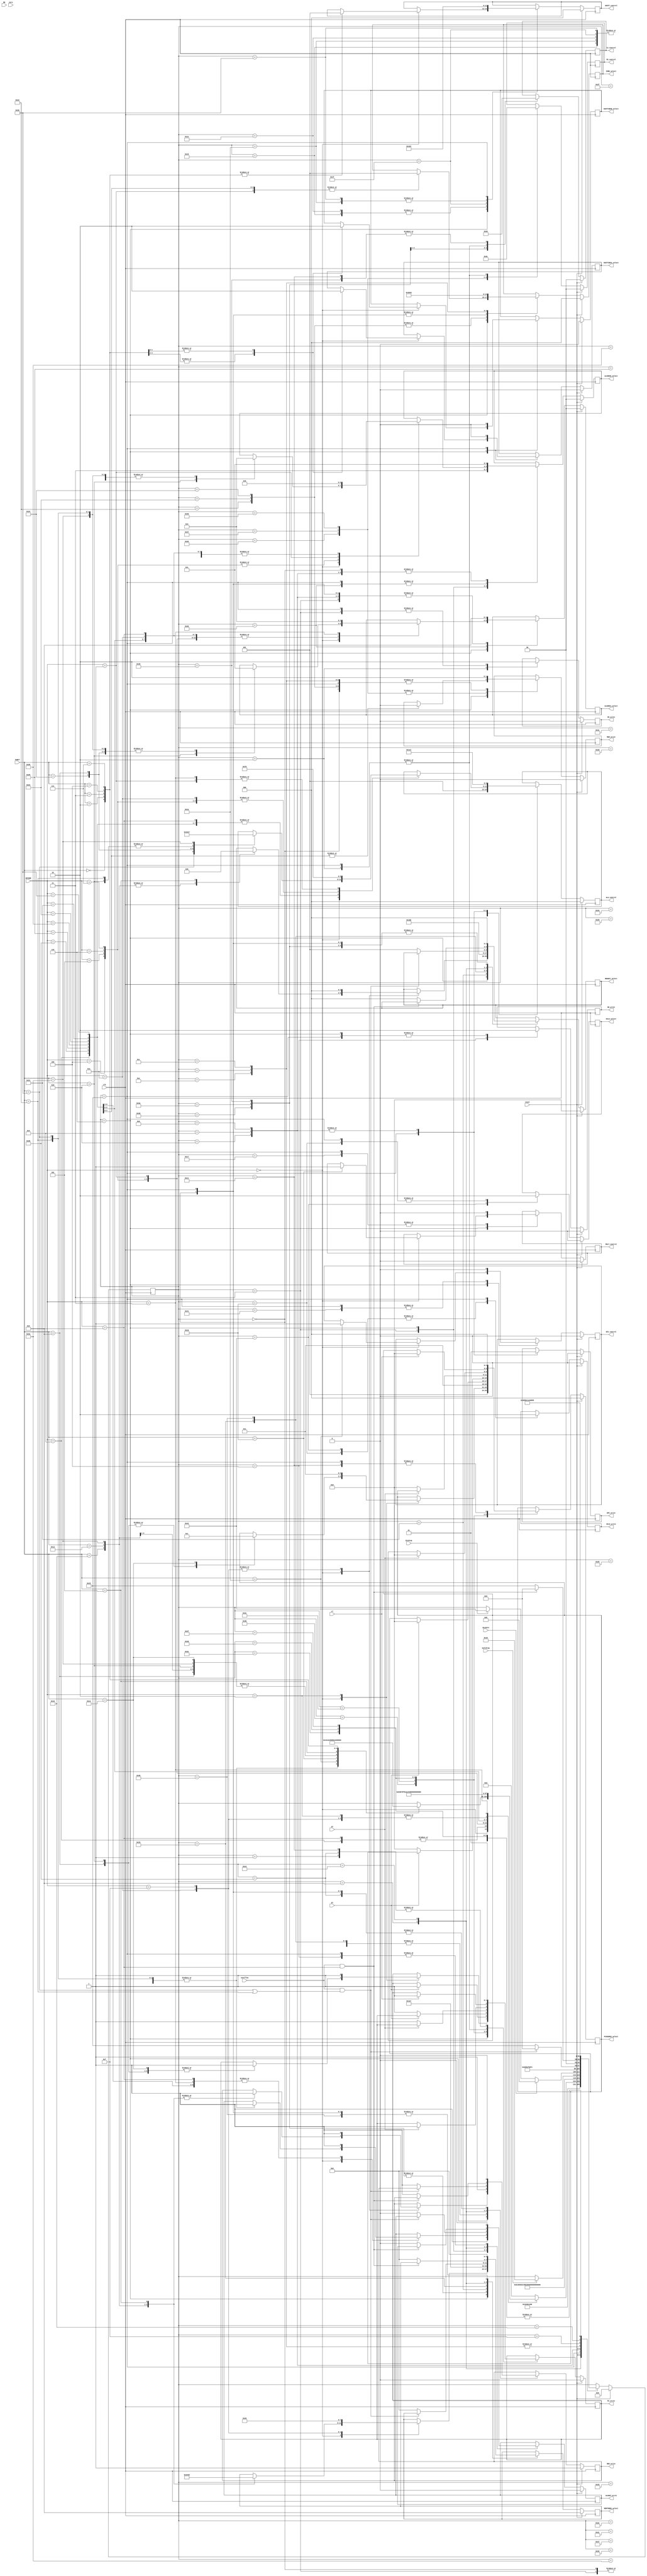
module ctrl_unit(
    input wire clk,
    input wire reset,

//flags
    input wire overflow,
    input wire NG,
    input wire zero,
    input wire ET,
    input wire GT,
    input wire LT,
    input wire multStop,
    input wire divStop,
    input wire divZero,

//Instrues
    input wire [5:0]OPCODE,
    input wire [5:0]FUNCT,

//Fios de controle
    // Registradores
    output reg MEM_write,
    output reg PC_write,
    output reg IR_write,
    output reg REG_write,
    output reg AB_write,
    output reg HILO_write,
    output reg ALUOUT_write,
    output reg EPC_write,

    // Operaes
    output reg [2:0]ALU_control,
    output reg [2:0]SHIFT_control,
    output reg MULT_control,
    output reg DIV_control,
    output reg [1:0]SS_control,
    output reg [1:0]LS_control,


    // Muxes
    output reg [2:0]REGDST_select,
    output reg [3:0]MEMTOREG_select,
    output reg [2:0]PCSOURCE_select,
    output reg [1:0]ALUSRCA_select,
    output reg [1:0]ALUSRCB_select,
    output reg HILO_select,
    output reg SHIFTSRCA_select,
    output reg SHIFTSRCB_select,
    output reg [2:0]IORD_select
);

//States
parameter FETCH1 = 7'd0;
parameter FETCH2 = 7'd1;
parameter FETCH3 = 7'd2;
parameter DECODE1 = 7'd3;
parameter DECODE2 = 7'd4;
parameter WAIT = 7'd5;
parameter EXECUTE = 7'd6;
parameter ADDI_ADDIU = 7'd7;
parameter ALUOUT_TO_RD = 7'd8;
parameter ALUOUT_TO_RT = 7'd22;
parameter OVERFLOWEX1 = 7'd9;
parameter OVERFLOWEX2 = 7'd10;
parameter DIVYBZEROEX1 = 7'd11;
parameter DIVYBZEROEX2 = 7'd12;
parameter OPCODEEX1 = 7'd13;
parameter OPCODEEX2 = 7'd14;
parameter END_EXCEPTION1 = 7'd15;
parameter END_EXCEPTION2 = 7'd16;
parameter END_EXCEPTION3 = 7'd17;
parameter END = 7'd21;
parameter MULT2 = 7'd23;
parameter MULT3 = 7'd24;
parameter SLLV2 = 7'd25;
parameter SRAV2 = 7'd26;
parameter SHIFT_END = 7'd27;
parameter SLL2 = 7'd30;
parameter SRL2 = 7'd31;
parameter SRA2 = 7'd32;
parameter XCGH2 = 7'd33;
parameter SW2 = 7'd34;
parameter SH2 = 7'd35;
parameter SB2 = 7'd36;
parameter LW2 = 7'd37;
parameter LH2 = 7'd38;
parameter LB2 = 7'd39;
parameter LW3 = 7'd40;
parameter LH3 = 7'd41;
parameter LB3 = 7'd42;
parameter JAL_END = 7'd43;
parameter SW3 = 7'd44;
parameter SW4 = 7'd45;
parameter BLM2 = 7'd46;
parameter BLM3 = 7'd47;
parameter BLM4 = 7'd48;
parameter SH3 = 7'd49;
parameter SH4 = 7'd50;
parameter SB3 = 7'd51;
parameter SB4 = 7'd52;
parameter SW5 = 7'd53;
parameter SB5 = 7'd54;
parameter SH5 = 7'd55;
parameter LW4 = 7'd56;
parameter LB4 = 7'd57;
parameter LH4 = 7'd58;
parameter BEQ2 = 7'd59;
parameter BNE2 = 7'd60;
parameter BGT2 = 7'd61;
parameter BLE2 = 7'd62;
parameter BLM5 = 7'd63;
parameter JAL2 = 7'D64;
parameter DIV2 = 7'd65;
parameter DIV3 = 7'd66;

//instr R
parameter R_FORMAT = 6'd0;
parameter ADD = 6'h20;
parameter AND = 6'h24;
parameter SUB = 6'h22;
parameter DIV = 6'h1a;
parameter MULT = 6'h18;
parameter JR = 6'h8;
parameter MFHI = 6'h10;
parameter MFLO = 6'h12;
parameter BREAK = 6'hD;
parameter RTE = 6'h13;
parameter XCGH = 6'h5;
parameter SLT = 6'h2a;
parameter SLL = 6'h0;
parameter SRL = 6'h2;
parameter SRA = 6'h3;
parameter SLLV = 6'h4;
parameter SRAV = 6'h7;

//instr I
parameter ADDI = 6'h8;
parameter ADDIU = 6'h9;
parameter BEQ = 6'h4;
parameter BNE = 6'h5;
parameter BLE = 6'h6;
parameter BGT = 6'h7;
parameter BLM = 6'h1;
parameter LB = 6'h20;
parameter LH = 6'h21;
parameter LW = 6'h23;
parameter SB = 6'h28;
parameter SH = 6'h29;
parameter SW = 6'h2B;
parameter LUI = 6'hF;
parameter SLTI = 6'hA;

// instr J
parameter J = 6'h2;
parameter JAL = 6'h3;



reg[6:0] STATE;

initial begin
    STATE = FETCH1;
end

always @(posedge clk) begin
    if(reset == 1'b1) begin // Tratar heap
        STATE = FETCH1;
        MEM_write = 0;
        PC_write = 0;
        IR_write = 0;
        REG_write = 1;
        AB_write = 0;
        HILO_write = 0;
        ALUOUT_write = 0;
        EPC_write = 0;
        ALU_control = 3'd0;
        SHIFT_control = 3'd0;
        MULT_control = 0;
        DIV_control = 0;
        SS_control = 2'd0;
        LS_control = 2'd0;
        REGDST_select = 3'd2;
        MEMTOREG_select = 4'd8;
        PCSOURCE_select = 3'd0;
        ALUSRCA_select = 2'd0;
        ALUSRCB_select = 2'd0;
        HILO_select = 0;
        SHIFTSRCA_select = 0;
        SHIFTSRCB_select = 0;
        IORD_select = 3'd0;      
    end else begin
        case(STATE)
            FETCH1:begin
                MEMTOREG_select = 4'd0;
                REG_write = 0;
                REGDST_select = 3'd0;

                STATE = FETCH2;
                IORD_select = 3'd0;
                ALUSRCA_select = 2'd0;
                ALUSRCB_select = 2'd1;
                ALU_control = 3'd1;
                MEM_write = 0;
            end
            FETCH2:begin
                STATE = FETCH3;
                PCSOURCE_select = 3'd1;
                PC_write = 1;
            end
            FETCH3:begin
                STATE = DECODE1;
                PC_write = 0;
                LS_control = 2'd0;  
                SS_control = 2'd0;
                IR_write = 1;
            end
            DECODE1:begin
                STATE = DECODE2;
                IR_write = 0;
                ALUSRCA_select = 2'd0;
                ALUSRCB_select = 2'd3;
                ALU_control = 3'd1;
                ALUOUT_write = 1;
            end
            DECODE2:begin
                STATE = EXECUTE;
                AB_write = 1;
                ALUOUT_write = 0;
            end
            EXECUTE:begin
                AB_write = 0;   
                case(OPCODE)
                    R_FORMAT: begin
                        case(FUNCT)
                            ADD: begin
                                STATE = ALUOUT_TO_RD;
                                ALUSRCA_select = 2'd1;
                                ALUSRCB_select = 2'd0;
                                ALU_control = 3'd1;
                                ALUOUT_write = 1;
                            end
                            SUB: begin
                                STATE = ALUOUT_TO_RD;
                                ALUSRCA_select = 2'd1;
                                ALUSRCB_select = 2'd0;
                                ALU_control = 3'd2;
                                ALUOUT_write = 1;
                            end
                            AND: begin
                                STATE = ALUOUT_TO_RD;
                                ALUSRCA_select = 2'd1;
                                ALUSRCB_select = 2'd0;
                                ALU_control = 3'd3;
                                ALUOUT_write = 1;
                            end
                            DIV: begin
                                STATE = DIV2;
                                DIV_control = 1;
                            end     
                            MULT: begin
                                STATE = MULT2;
                                MULT_control = 1;
                            end
                            JR: begin
                                STATE = END;
                                ALUSRCA_select = 2'd1;
                                ALU_control = 3'd0;
                                PCSOURCE_select = 3'd1;
                                PC_write = 1;
                            end
                            MFHI: begin
                                STATE = END;
                                MEMTOREG_select = 4'd2;
                                REGDST_select = 3'd1;
                                REG_write = 1;
                            end
                            MFLO: begin
                                STATE = END;
                                MEMTOREG_select = 4'd03;
                                REGDST_select = 3'd1;
                                REG_write = 1;
                            end
                            BREAK: begin
                                STATE = END;
                                ALUSRCA_select = 2'd0;
                                ALUSRCB_select = 2'd1;
                                ALU_control = 3'd2;
                                PCSOURCE_select = 3'd1;
                                PC_write = 1;
                            end
                            SLT: begin
                                STATE = END;
                                ALUSRCA_select = 2'd1;
                                ALUSRCB_select = 2'd0;
                                ALU_control = 3'd7;
                                REGDST_select = 3'd1;
                                MEMTOREG_select = 4'd4;
                                REG_write = 1;
                            end
                            RTE: begin
                                STATE = END;
                                PCSOURCE_select = 3'd4;
                                PC_write = 1;
                            end
                            XCGH: begin
                                STATE = XCGH2;
                                MEMTOREG_select = 4'd09;
                                REGDST_select = 3'd0;
                                REG_write = 1;
                            end
                            SLL: begin
                                SHIFTSRCA_select = 1;
                                SHIFTSRCB_select = 1;
                                SHIFT_control = 3'd1;
                                STATE = SLL2;
                            end
                            SRL: begin
                                SHIFTSRCA_select = 1;
                                SHIFTSRCB_select = 1;
                                SHIFT_control = 3'd1;
                                STATE = SRL2;
                            end 
                            SRA: begin
                                SHIFTSRCA_select = 1;
                                SHIFTSRCB_select = 1;
                                SHIFT_control = 3'd1;
                                STATE = SRA2;
                            end 
                            SLLV: begin
                                SHIFTSRCA_select = 0;
                                SHIFTSRCB_select = 0;
                                SHIFT_control = 3'd1;
                                STATE = SLLV2;
                            end
                            SRAV: begin
                                SHIFTSRCA_select = 0;
                                SHIFTSRCB_select = 0;
                                SHIFT_control = 3'd1;
                                STATE = SRAV2;
                            end
                        endcase
                    end
                    ADDI, ADDIU: begin
                        STATE = ALUOUT_TO_RT;
                        ALUSRCA_select = 2'd1;
                        ALUSRCB_select = 2'd2;
                        ALU_control = 3'd1;
                        ALUOUT_write = 1;
                    end
                    BEQ: begin
                       ALUSRCA_select = 2'd1; 
                       ALUSRCB_select = 2'd0; 
                       ALU_control = 3'b111;
                       STATE = BEQ2;
                    end 
                    BNE: begin
                       ALUSRCA_select = 2'd1; 
                       ALUSRCB_select = 2'd0;  
                       ALU_control = 3'b111;
                       STATE = BNE2;
                    end 
                   BLE: begin
                        ALUSRCA_select = 2'd1; 
                        ALUSRCB_select = 2'd0; 
                        ALU_control = 3'b111;
                        STATE = BLE2;
                    end 
                    BGT: begin
                        ALUSRCA_select = 2'd1; 
                        ALUSRCB_select = 2'd0; 
                        ALU_control = 3'b111;
                        STATE = BGT2;
                    end 
                    BLM: begin
                        ALUSRCA_select = 1; 
                        ALUSRCB_select = 1; 
                        ALU_control = 3'b000;
                        IORD_select = 3'd1;
                        STATE = BLM2;
                    end
                    SW: begin
                        ALUSRCA_select = 2'd1;
                        ALUSRCB_select = 2'd2;
                        ALU_control = 3'd1;
                        ALUOUT_write = 1;
                        STATE = SW2;
                    end
                    SH: begin
                        ALUSRCA_select = 2'd1;
                        ALUSRCB_select = 2'd2;
                        ALU_control = 3'd1;
                        ALUOUT_write = 1;
                        STATE = SH2;
                    end
                    SB: begin
                        ALUSRCA_select = 2'd1;
                        ALUSRCB_select = 2'd2;
                        ALU_control = 3'd1;
                        ALUOUT_write = 1;
                        STATE = SB2;
                    end
                    LW: begin
                        ALUSRCA_select = 2'd1;
                        ALUSRCB_select = 2'd2;
                        ALU_control = 3'd1;
                        IORD_select = 1;
                        MEM_write = 0;
                        STATE = LW2;
                    end  
                    LH: begin
                        ALUSRCA_select = 2'd1;
                        ALUSRCB_select = 2'd2;
                        ALU_control = 3'd1;
                        IORD_select = 1;
                        MEM_write = 0;
                        STATE = LH2;
                    end  
                    LB: begin
                        ALUSRCA_select = 2'd1;
                        ALUSRCB_select = 2'd2;
                        ALU_control = 3'd1;
                        IORD_select = 1;
                        MEM_write = 0;
                        STATE = LB2;
                    end  
                    SLTI: begin
                        STATE = END;
                        ALUSRCA_select = 2'd1;
                        ALUSRCB_select = 2'd2;
                        ALU_control = 3'd7;
                        REGDST_select = 3'd0;
                        MEMTOREG_select = 4'd4;
                        REG_write = 1;
                    end
                    LUI: begin
                        STATE = END;
                        MEMTOREG_select = 4'd6;
                        REGDST_select = 3'd0;
                        REG_write = 1;
                    end
                    J: begin
                        STATE = END;
                        PCSOURCE_select = 3'd3;
                        PC_write = 1;
                    end 
                    JAL: begin
                        ALUSRCA_select = 2'd0;
                        ALU_control = 3'd0;
                        ALUOUT_write = 1;
                        STATE = JAL2;
                    end
                    default: begin// OPCODE Inexistente
                        STATE = OPCODEEX1;
                    end
                endcase 
            end 
            SW2: begin
                STATE = SW3;
                IORD_select = 2'd2;
                MEM_write = 0;
            end
            SW3: begin
                STATE = SW4;
            end
            SW4: begin
                STATE = SW5;
            end
            SW5: begin
                STATE = END;
                SS_control = 2'd1;
                MEM_write = 1;
            end
            SH2: begin
                STATE = SH3;
                IORD_select = 2'd2;
                MEM_write = 0;
            end
            SH3: begin
                STATE = SH4;
            end
            SH4: begin
                STATE = SH5;
            end
            SH5: begin
                STATE = END;
                SS_control = 2'd2;
                MEM_write = 1;
            end
            SB2: begin
                STATE = SB3;
                IORD_select = 2'd2;
                MEM_write = 0;
            end
            SB3: begin
                STATE = SB4;
            end
            SB4: begin
                STATE = SB5;
            end
            SB5: begin
                STATE = END;
                SS_control = 2'd3;
                MEM_write = 1;
            end
            LW2: begin
                STATE = LW3;
            end
            LW3: begin
                STATE = LW4;
            end
            LW4: begin
                STATE = END;
                LS_control = 2'd1;
                REG_write = 1;
                MEMTOREG_select = 1;
                REGDST_select = 0;
            end
            LH2: begin
                STATE = LH3;
            end
            LH3: begin
                STATE = LH4;
            end
            LH4: begin
                STATE = END;
                LS_control = 2'd2;
                REG_write = 1;
                MEMTOREG_select = 1;
                REGDST_select = 0;
            end
            LB2: begin
                STATE = LB3;
            end
            LB3: begin
                STATE = LB4;
            end
            LB4: begin
                STATE = END;
                LS_control = 2'd3;
                REG_write = 1;
                MEMTOREG_select = 1;
                REGDST_select = 0;
            end
            XCGH2: begin
                STATE = END;
                MEMTOREG_select = 4'd10;
                REGDST_select = 3'd4;
            end
            MULT2: begin
                MULT_control = 0;
                if(multStop == 1) begin
                    STATE = MULT3;
                end
            end
            MULT3: begin
                HILO_select = 0;
                HILO_write = 1;
                STATE = END;
            end
            DIV2: begin
                DIV_control = 0;
                if (divZero) begin
					STATE = DIVYBZEROEX1;
                end else begin
                    if(divStop == 1) begin
                        STATE = DIV3;
                    end 
                end
            end
            DIV3: begin
                HILO_select = 1;
                HILO_write = 1;
                STATE = END;
            end
            SLLV2: begin
                SHIFT_control = 3'b010;
                STATE = SHIFT_END;
            end
            SRAV2: begin
                SHIFT_control = 3'b100;
                STATE = SHIFT_END;
            end
            SLL2: begin
                SHIFT_control = 3'b010;
                STATE = SHIFT_END;
            end
            SRL2: begin
                SHIFT_control = 3'b011;
                STATE = SHIFT_END;
            end
            SRA2: begin
                SHIFT_control = 3'b100;
                STATE = SHIFT_END;
            end
            SHIFT_END: begin
                REG_write = 1;
                MEMTOREG_select = 4'd7;
                REGDST_select = 3'd1; 
                STATE = END;
            end
            JAL2: begin
                MEMTOREG_select = 4'd0;
                REGDST_select = 3'd3;
                REG_write = 1;
                STATE = JAL_END;
            end
            JAL_END: begin
                PCSOURCE_select = 3'd3;
                PC_write = 1;
                REG_write = 0;
                STATE = END;
            end
            BEQ2: begin
                if(ET == 1) begin
                    PCSOURCE_select = 3'd2;
                    PC_write = 1;
                end
                STATE = END;
            end
            BNE2: begin
                if(ET == 0) begin
                    PCSOURCE_select = 3'd2;
                    PC_write = 1;
                end
                STATE = END;
            end
            BLE2: begin
                if(GT == 0) begin
                    PCSOURCE_select = 3'd2;
                    PC_write = 1;
                end
                STATE = END;
            end
            BGT2: begin
                if(GT == 1) begin
                    PCSOURCE_select = 3'd2;
                    PC_write = 1;
                end
                STATE = END;
            end
            BLM2: begin
                STATE = BLM3;
            end
            BLM3: begin
                STATE = BLM4;
            end
            BLM4: begin
                ALUSRCA_select = 2'd2;
                ALUSRCB_select = 2'd0;
                ALU_control = 3'b111;
                STATE = BLM5; 
            end
            BLM5: begin
                if(LT == 1) begin
                    PCSOURCE_select = 3'd2;
                    PC_write = 1; 
                end
                STATE = END;                
            end
            ALUOUT_TO_RD:begin
                if (overflow == 1 && (FUNCT == ADD || FUNCT == SUB)) begin // overflow apenas no add ou sub
                    STATE = OVERFLOWEX1;
                end else begin
                    STATE = END;
                    ALUOUT_write = 0;
                    REGDST_select = 3'd1;
                    MEMTOREG_select = 4'd0;
                    REG_write = 1;
                end
            end
            ALUOUT_TO_RT:begin
                if (overflow == 1 && OPCODE == ADDI) begin // overflow apenas no addi
                    STATE = OVERFLOWEX1;
                end else begin
                    STATE = END;
                    ALUOUT_write = 0;
                    REGDST_select = 3'd0;
                    MEMTOREG_select = 4'd0;
                    REG_write = 1;  
                end 
            end
            END: begin
                STATE = FETCH1;
                MEM_write = 0;
                PC_write = 0;
                IR_write = 0;
                REG_write = 0;
                AB_write = 0;
                HILO_write = 0;
                ALUOUT_write = 0;
                EPC_write = 0;
                ALU_control = 3'd0;
                SHIFT_control = 3'd0;
                MULT_control = 0;
                DIV_control = 0;
                SS_control = 2'd0;
                LS_control = 2'd0;
                REGDST_select = 3'd0;
                MEMTOREG_select = 4'd0;
                PCSOURCE_select = 3'd0;
                ALUSRCA_select = 2'd0;
                ALUSRCB_select = 2'd0;
                HILO_select = 0;
                SHIFTSRCA_select = 0;
                SHIFTSRCB_select = 0;
                IORD_select = 3'd0;
            end
            OPCODEEX1: begin
                STATE = OPCODEEX2;
                ALUSRCA_select = 2'd0;
                ALUSRCB_select = 2'd1;
                ALU_control = 3'd2;
                EPC_write = 1;
            end
            OPCODEEX2: begin
                STATE = END_EXCEPTION1;
                IORD_select=3'd3;
                MEM_write = 0;
            end
            OVERFLOWEX1: begin
                STATE = OVERFLOWEX2;
                ALUSRCA_select = 2'd0;
                ALUSRCB_select = 2'd1;
                ALU_control = 3'd2;
                EPC_write = 1;
            end
            OVERFLOWEX2: begin
                STATE = END_EXCEPTION1;
                IORD_select=3'd4;
                MEM_write = 0;
            end
            DIVYBZEROEX1: begin
                STATE = DIVYBZEROEX2;
                ALUSRCA_select = 2'd0;
                ALUSRCB_select = 2'd1;
                ALU_control = 3'd2;
                EPC_write = 1;
            end
            DIVYBZEROEX2: begin
                STATE = END_EXCEPTION1;
                IORD_select=3'd5;
                MEM_write = 0;
            end
            END_EXCEPTION1: begin
                STATE = END_EXCEPTION2;//wait
            end
            END_EXCEPTION2: begin
                STATE = END_EXCEPTION3;//wait
            end
            END_EXCEPTION3: begin
                STATE = END;
                PC_write = 1;
                PCSOURCE_select = 3'd0;
                PCSOURCE_select = 3'd0;
                LS_control = 2'd3;
            end
            
        endcase
    end
end

endmodule